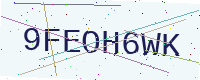
Text: 9FEOH6WK